Rae_vallavalitsus, lk 16
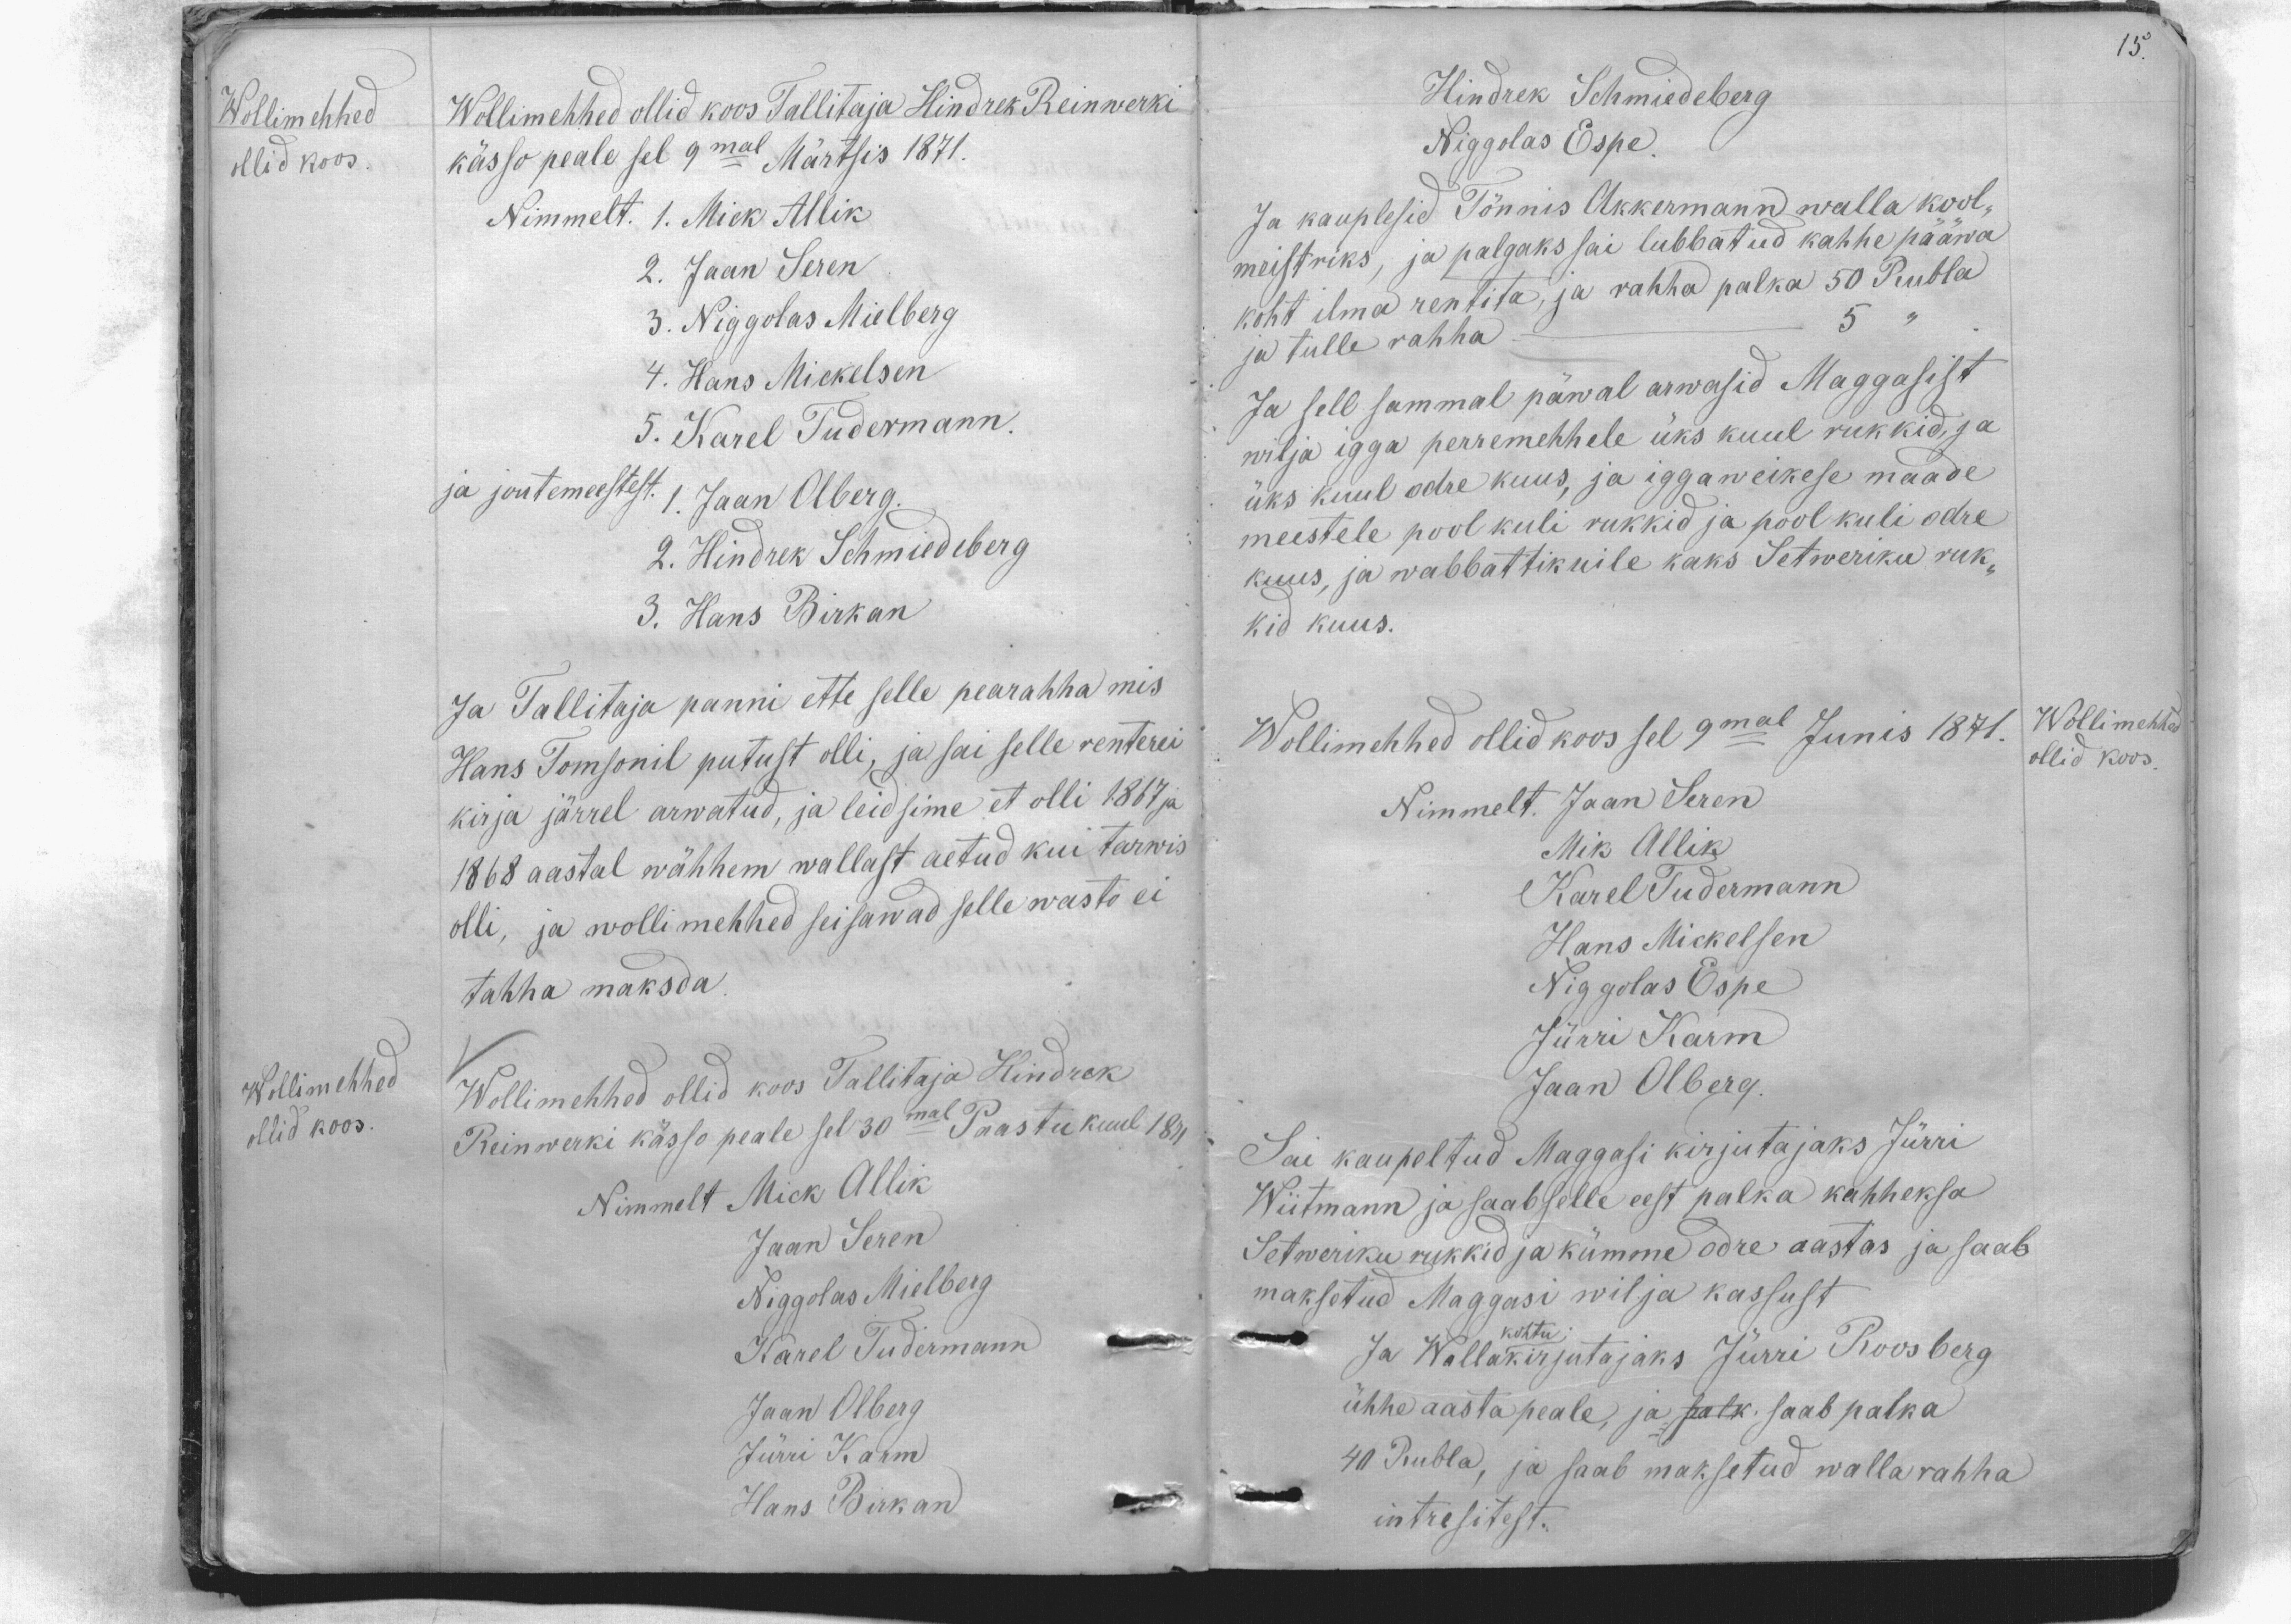
15.
Wollimehhed
ollid koos.
Wollimehhed ollid koos Tallitaja Hindrek Reinwerki
kässo peale sel 9mal Märtsis 1871.
Nimmelt. 1. Mick Allik
2. Jaan Seren
3. Niggolas Mielberg
4. Hans Mickelsen
5. Karel Tudermann.
ja joutemeestest. 1. Jaan Olberg.
2. Hindrek Schmedeberg
3. Hans Birkan
Ja Tallitaja panni ette selle pearahha mis
Hans Tomsonil putust olli, ja sai selle renterei
kirja järrel arwatud, ja leidsime et olli 1867 ja
1868 aastal wähhem wallast aetud kui tarwis
olli, ja wollimehhed seisawad selle wasto ei
tahha maksda.
Wollimehhed
ollid koos.
Wollimehhed ollid koos Tallitaja Hindrek
Reinwerki kässo peale sel 30mal Paastu kuul 1871
Nimmelt Mick Allik
Jaan Seren
Niggolas Mielberg
Karel Tudermann
Jaan Olberg
Jürri Karm
Hans Birkan
Hindrek Schmiedeberg
Niggolas Espe.
Ja kauplesid Tõnnis Akkermann walla kool-
meistriks, ja palgaks sai lubbatud kahhe pääwa
koht ilma rentita, ja rahha palka 50 Rubla
ja tulle rahha
5 "
Ja sell sammal päwal arwasid Maggasist
wilja igga perremehhele üks kuul rukkid, ja
üks kuul odre kuus, ja igga weikese maade
meestele pool kuli rukkid ja pool kuli odre
kuus, ja wabbattikuile kaks Setweriku ruk-
kid kuus.
Wollimehhed
ollid koos.
Wollimehhed ollid koos sel 9mal Junis 1871.
Nimmelt. Jaan Seren
Mik Allik
Karel Tudermann
Hans Mickelsen
Niggolas Espe
Jürri Karm
Jaan Olberg.
Sai kaupeltud Maggasi kirjutajaks Jürri
Wiitmann ja saab selle eest palka kahheksa
Setweriku rukkid ja kümme odre aastas ja saab
maksetud Maggasi wilja kassust
Ja
Wallakohtukirjutajaks Jürri Roosberg
ühhe aasta peale, ja palk saab palka
40 Rubla, ja saab maksetud walla rahha
intresitest.